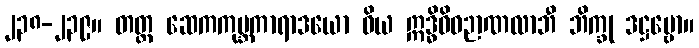
၂၃၈-၂၃၉။ တတ္ထ ဆေကကုမ္ဘကာရာဒယော ဝိယ ဣဒ္ဓိဝိဓဉာဏလာဘီ ဘိက္ခု ဒဋ္ဌဗ္ဗော။